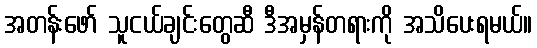
အတန်းဖော် သူငယ်ချင်းတွေဆီ ဒီအမှန်တရားကို အသိပေးရမယ်။